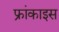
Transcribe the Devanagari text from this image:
फ्रांकाइस